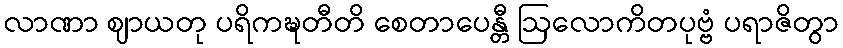
လာဏာ ဈာယတု ပရိကဍ္ဎတီတိ စေတာပေန္တီ ဩလောကိတပုဗ္ဗံ ပရာဇိတွာ